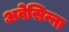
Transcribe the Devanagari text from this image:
अवेसिन्ना